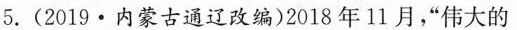
5.(2019·内蒙古通辽改编)2018年11月，“伟大的